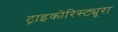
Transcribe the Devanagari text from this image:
ट्राइकोरिस्ट्यूरा